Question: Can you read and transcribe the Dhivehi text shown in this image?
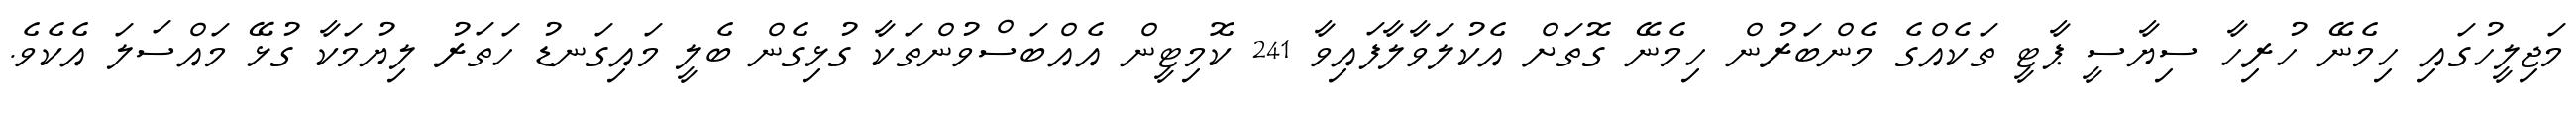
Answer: މަޖިލީހުގައި ހިމެނޭ ހުރިހާ ސިޔާސީ ޕާޓީ ތަކެއްގެ މެންބަރުން ހިމެނޭ ގޮތަށް އެކުލަވާލާފައިވާ 241 ކޮމިޓީން އެއްބަސްވުންތަކާ ގުޅިގެން ބެލީ މައިގަނޑު ހަތަރު ލިޔުމަކާ ގުޅޭ މައްސަލަ އެކެވެ.